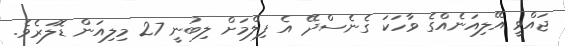
ޖައްވީ އޭލިއަނެއްގެ ވާހަކަ ގެނެސްދޭ އެ ފިލްމަށް ލިބުނީ 27 މިލިއަން ޑޮލަރެވެ.